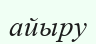
айыру